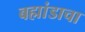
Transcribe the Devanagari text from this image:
बह्मांडाचा